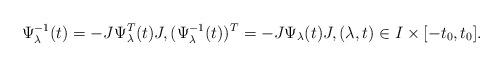
LaTeX: \begin{align*}\Psi^{-1}_\lambda(t)=-J\Psi^T_\lambda(t)J,(\Psi^{-1}_\lambda(t))^T=-J\Psi_\lambda(t)J,(\lambda,t)\in I\times[-t_0,t_0].\end{align*}